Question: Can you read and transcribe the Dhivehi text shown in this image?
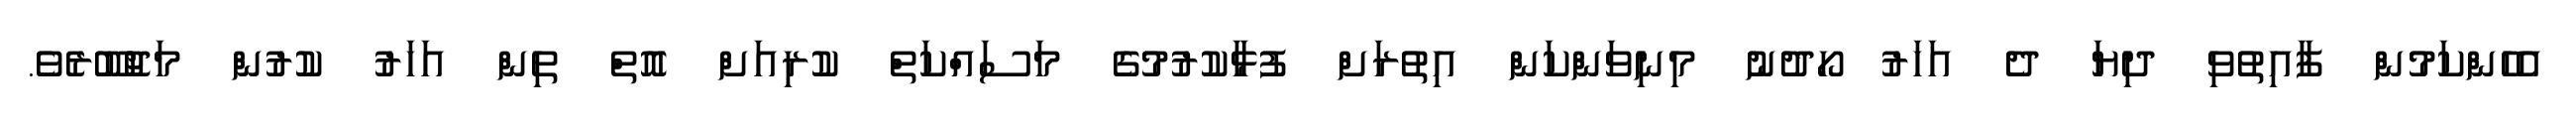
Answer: އެހެންކަމުން ފާއިތުވި ދިޔަ ދެ އަހަރު ހޯދުނު މިނިވަންކަން އިތުރަށް ފުޅާކުރުމުގެ މަސައްކަތް ކުރިއަށް އޮތް ތިން އަހަރު ކުރުން މަޖުބޫރެވެ.